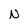
Character: N